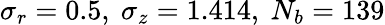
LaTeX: \sigma_{r}=0.5,~\sigma_{z}=1.414,~N_{b}=139